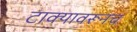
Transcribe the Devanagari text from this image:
टाक्यावरूनच